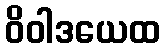
ဝိဝါဒယေထ